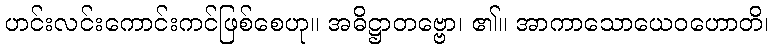
ဟင်းလင်းကောင်းကင်ဖြစ်စေဟု။ အဓိဋ္ဌာတဗ္ဗော၊ ၏။ အာကာသောယေဝဟောတိ၊